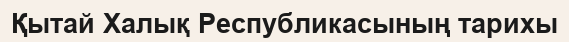
Қытай Халық Республикасының тарихы